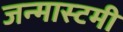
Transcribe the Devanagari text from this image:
जन्मास्टमी